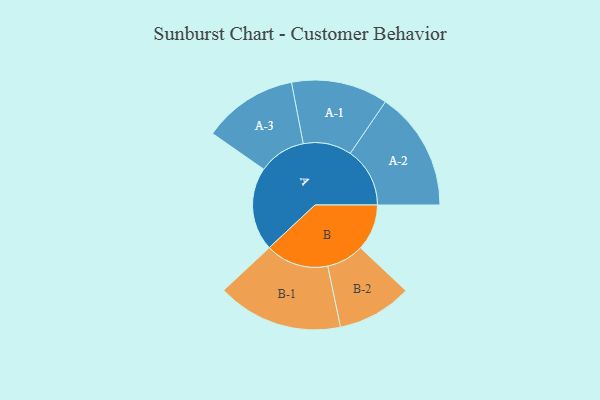
{"axis": {"x": "Segment", "y": "Value"}, "legend": ["", "A", "B"], "data": [{"x": "A", "y": 326, "type": ""}, {"x": "B", "y": 181, "type": ""}, {"x": "A-1", "y": 189, "type": "A"}, {"x": "A-2", "y": 233, "type": "A"}, {"x": "A-3", "y": 185, "type": "A"}, {"x": "B-1", "y": 246, "type": "B"}, {"x": "B-2", "y": 146, "type": "B"}]}